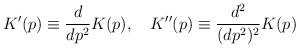
LaTeX: \begin{align*}K'(p) \equiv \frac{d}{dp^2} K(p),\quad K'' (p) \equiv \frac{d^2}{(dp^2)^2} K(p)\end{align*}